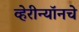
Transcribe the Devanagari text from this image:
व्हेरीन्यॉनचे